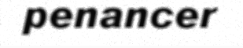
penancer